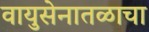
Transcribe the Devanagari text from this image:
वायुसेनातळाचा